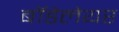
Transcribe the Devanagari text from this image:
बॉडेलेयर